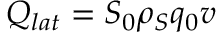
Q _ { l a t } = S _ { 0 } \rho _ { S } q _ { 0 } v